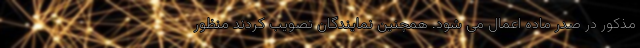
مذکور در صدر ماده اعمال می ‌شود. همچنین نمایندگان تصویب کردند منظور